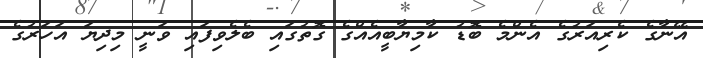
އޭނާގެ ކެރިއަރުގެ އެންމެ ބޮޑު ކާމިޔާބީއެއްގެ ގޮތުގައި ބެލެވިފައި ވަނީ މިދިޔަ އަހަރުގެ